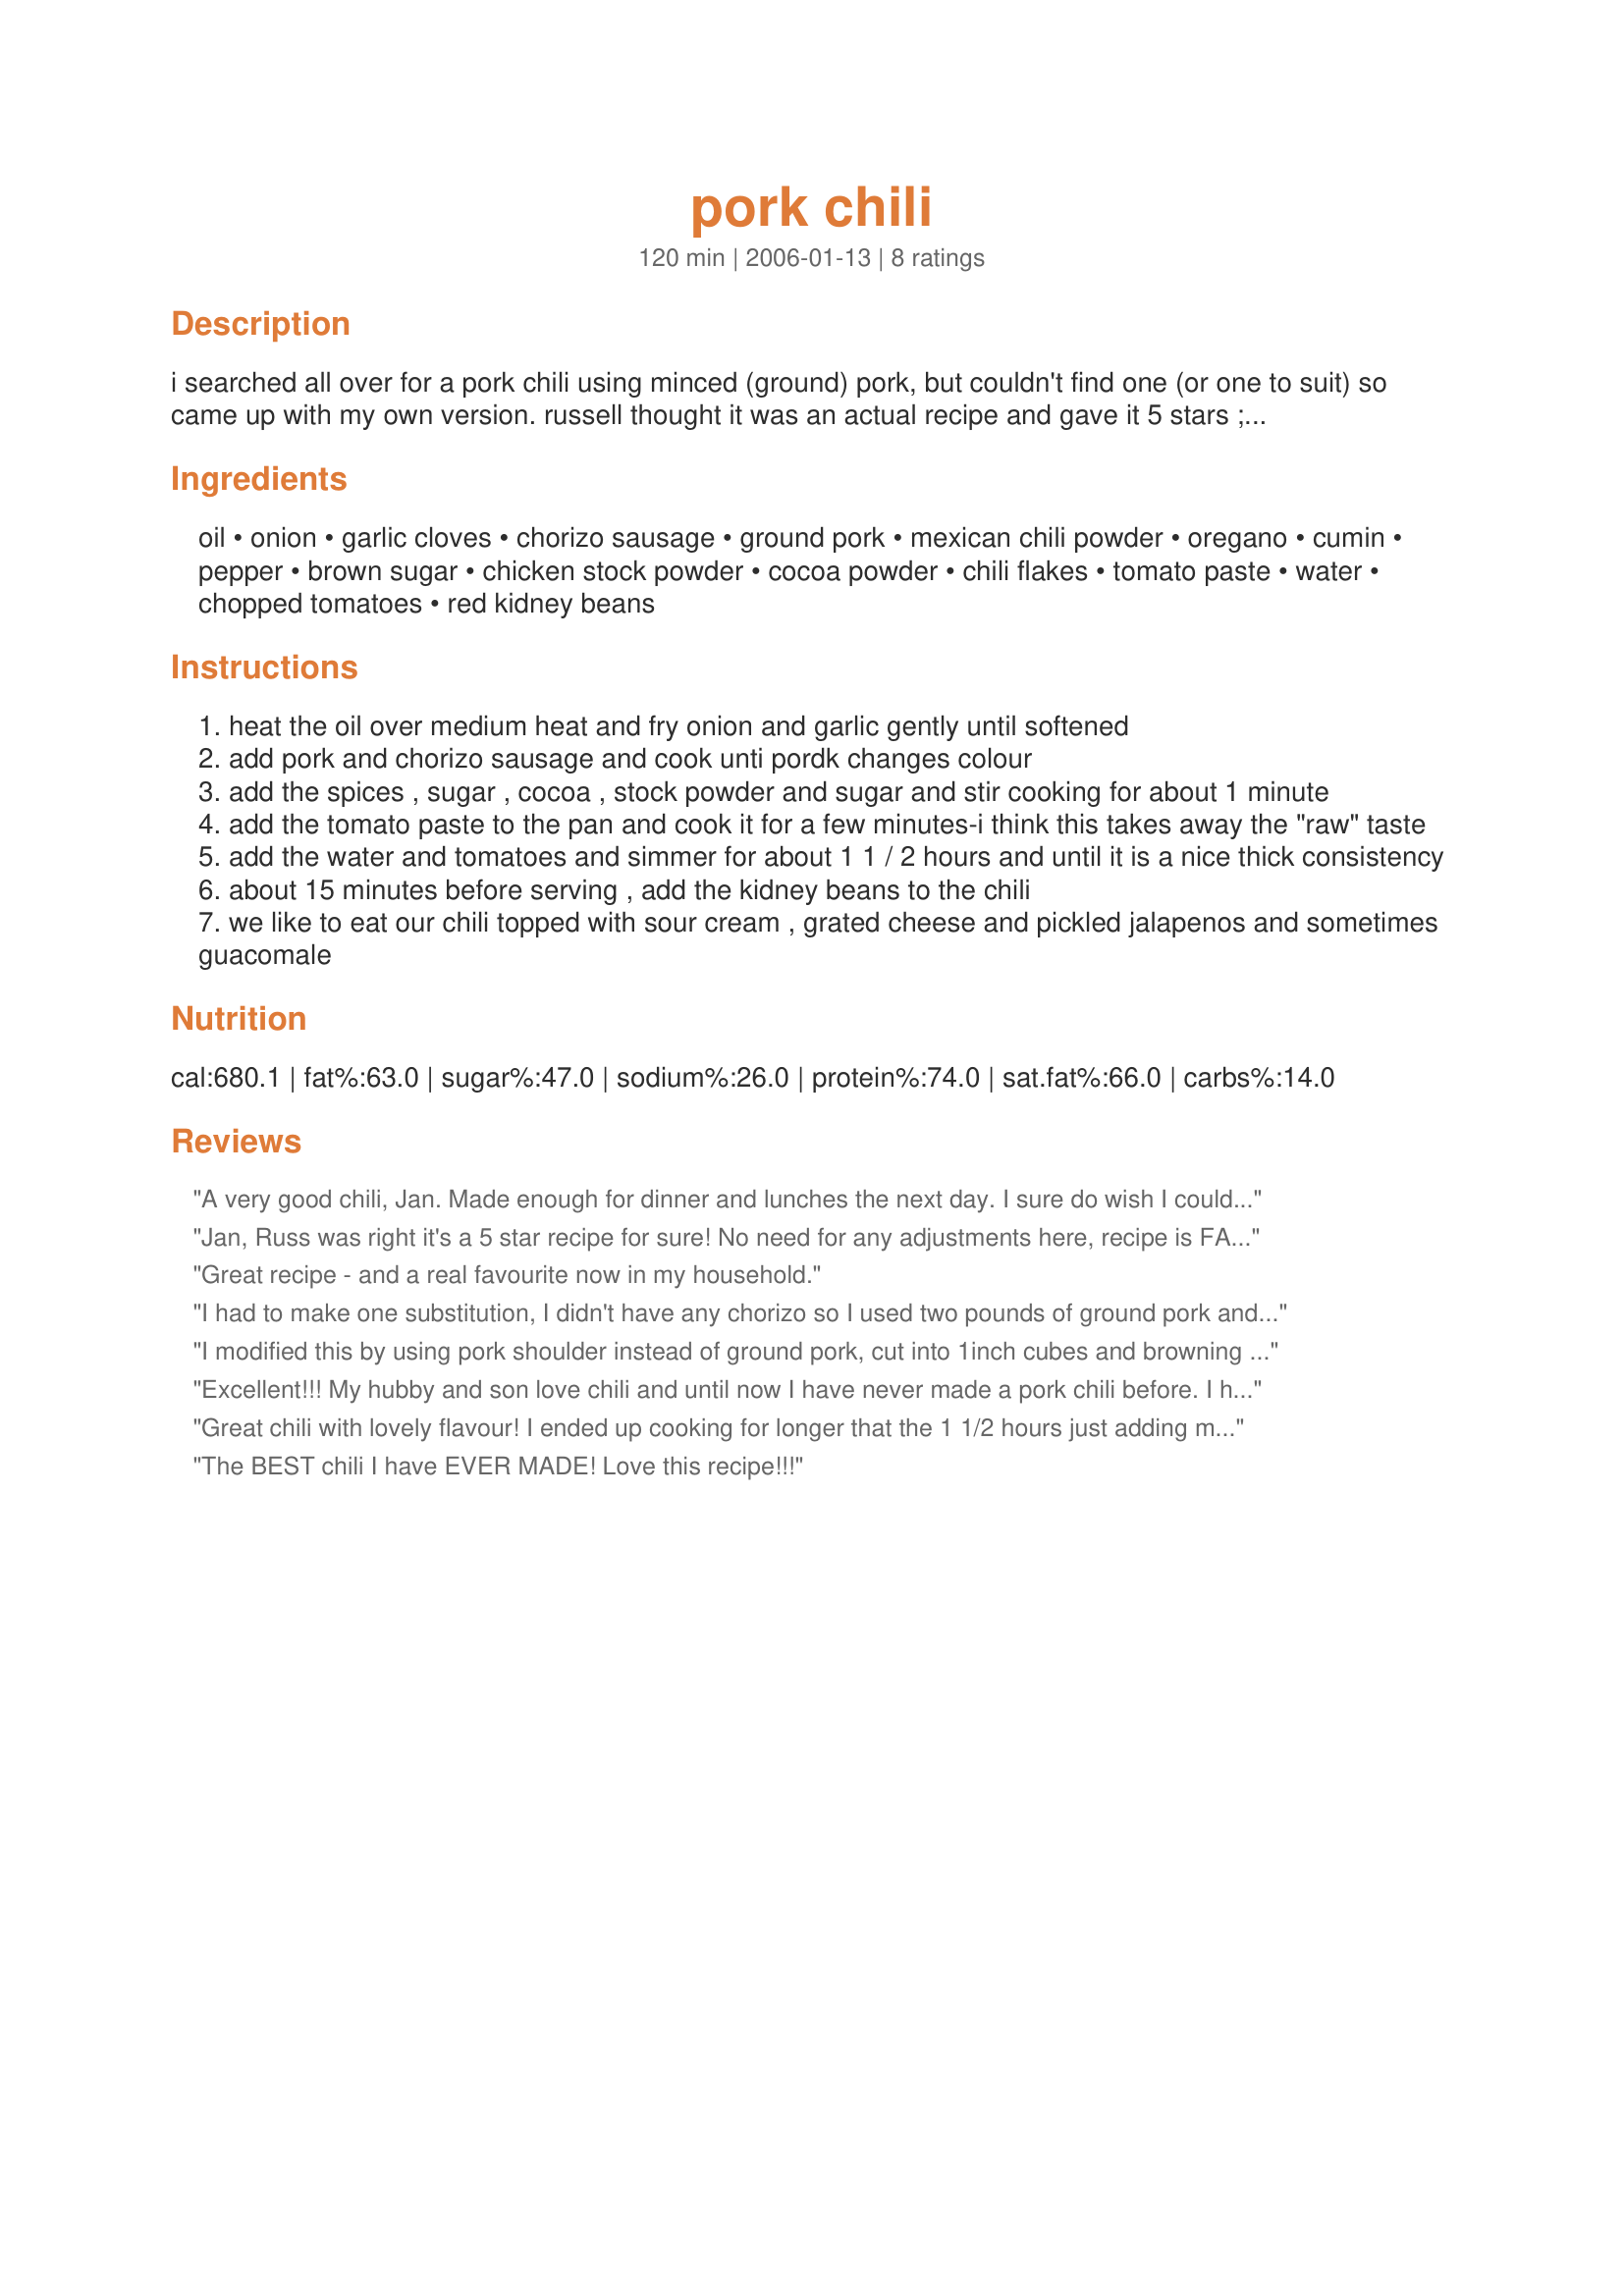
pork chili
Preparation time: 120 minutes

i searched all over for a pork chili using minced (ground) pork, but couldn't find one (or one to suit) so came up with my own version. russell thought it was an actual recipe and gave it 5 stars ;-) this doesn't make a huge pot of chili like some recipes i see, but is enough for 4 hearty eaters. we like our chili over rice.

Ingredients:
oil, onion, garlic cloves, chorizo sausage, ground pork, mexican chili powder, oregano, cumin, pepper, brown sugar, chicken stock powder, cocoa powder, chili flakes, tomato paste, water, chopped tomatoes, red kidney beans

Steps:
heat the oil over medium heat and fry onion and garlic gently until softened
add pork and chorizo sausage and cook unti pordk changes colour
add the spices , sugar , cocoa , stock powder and sugar and stir cooking for about 1 minute
add the tomato paste to the pan and cook it for a few minutes-i think this takes away the "raw" taste
add the water and tomatoes and simmer for about 1 1 / 2 hours and until it is a nice thick consistency
about 15 minutes before serving , add the kidney beans to the chili
we like to eat our chili topped with sour cream , grated cheese and pickled jalapenos and sometimes guacomale

Reviews:
A very good chili, Jan. Made enough for dinner and lunches the next day. I sure do wish I could find chorizo sausage that could be sliced, though! All I seem to find is mush and is always too greasy. Will keep looking and hoping, as I would really like to try this again. Thnx for posting, Jan.
Jan, Russ was right it's a 5 star recipe for sure! No need for any adjustments here, recipe is FAB exactly as written! Thanks for sharing!!
Great recipe - and a real favourite now in my household.
I had to make one substitution, I didn't have any chorizo so I used two pounds of ground pork and added 1 tsp of paprika. It was great, I can't wait to try as written! Thanks for the wonderful recipe!
I modified this by using pork shoulder instead of ground pork, cut into 1inch cubes and browning them . Since I had no chorizo, just added a tsp of mild red chili. It turned out great.!
Excellent!!! My hubby and son love chili and until now I have never made a pork chili before. I have a recipe that they both love, but I loved the sound of this one and thought I would make it and boy am I glad I did. This got huge thumbs up from both my men, my hubby said it is one of the best he has had. I did adjust amounts slightly as I had more meat than was listed in the recipe, but stuck to the exact ingredients and you did not have to change a thing it was absolutely gorgeous. This will definitely become our regular way to make chili from now on it is an absolute winner. A definite five stars for sure Jan. We served ours topped with sour cream and cheese.
Great chili with lovely flavour! I ended up cooking for longer that the 1 1/2 hours just adding more water when needed. Served over rice with sour cream, cheese, green onions, pickled jalapenos and corn chips. Thanks Jan :)
The BEST chili I have EVER MADE! Love this recipe!!!
